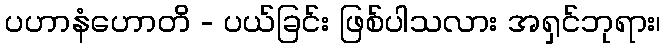
ပဟာနံဟောတိ - ပယ်ခြင်း ဖြစ်ပါသလား အရှင်ဘုရား၊